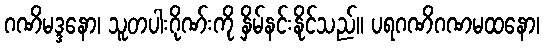
ဂဏိမဒ္ဒနော၊ သူတပါးဂိုဏ်းကို နှိမ်နင်းနိုင်သည်။ ပရဂဏိဂဏမထနော၊